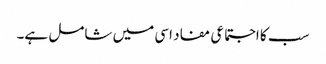
سب کا اجتماعی مفاد اسی میں شامل ہے۔